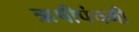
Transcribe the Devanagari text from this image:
ऋषीपंचमी